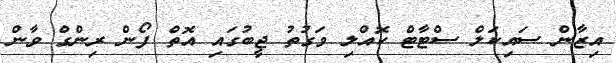
އިޒާން ސައިކަލް ސްޓާޓް ކޮއްލި ވަގުތު ޖީބުގައި އޮތް ފޯން ރިންގް ވާން